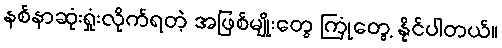
နစ်နာဆုံးရှုံးလိုက်ရတဲ့ အဖြစ်မျိုးတွေ ကြုံတွေ့ နိုင်ပါတယ်။